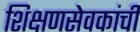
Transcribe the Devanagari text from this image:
शिक्षणसेवकांची